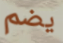
يضم